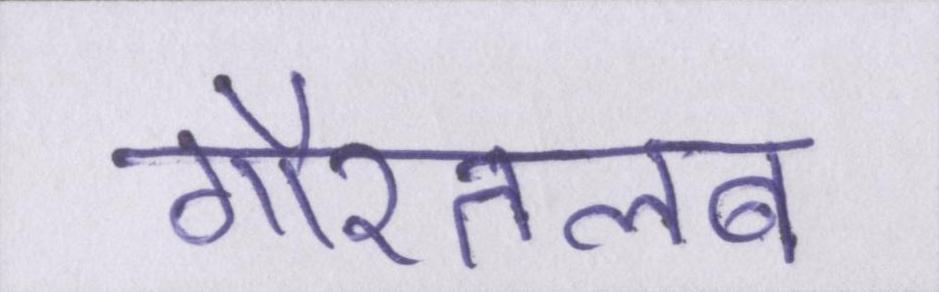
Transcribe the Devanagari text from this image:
गौरतलब